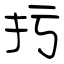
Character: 扝